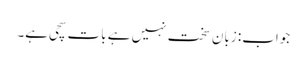
جواب: زبان سخت نہیں ہے بات سچی ہے۔